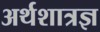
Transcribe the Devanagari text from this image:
अर्थशात्रज्ञ